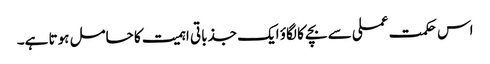
اس حکمت عملی سے بچے کا لگاؤ ایک جذباتی اہمیت کا حامل ہوتا ہے۔